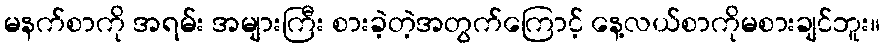
မနက်စာကို အရမ်း အများကြီး စားခဲ့တဲ့အတွက်ကြောင့် နေ့လယ်စာကိုမစားချင်ဘူး။